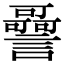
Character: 𧭳